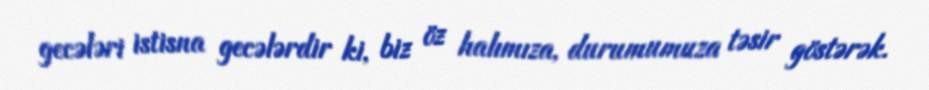
gecələri istisna gecələrdir ki, biz öz halımıza, durumumuza təsir göstərək.